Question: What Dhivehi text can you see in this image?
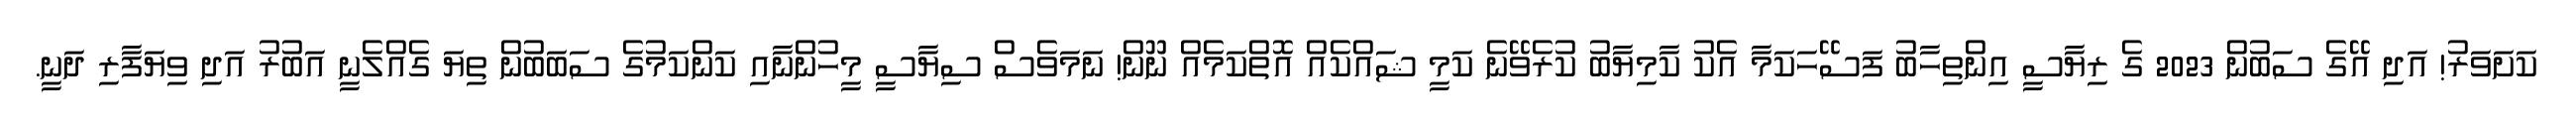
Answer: ކަށަވަރު! އަދި އޭގެ ސަބުން 2023 ގެ ރިޔާސީ އިންތިހާބު ފަސޭހަކަމާ އެކު ކާމިޔާބު ކުރެވޭނެ ކަމީ ޝައްކެއް އޮތްކަމެއް ނޫން! ނަމަވެސް ސިޔާސީ މީހުންނާއި ކަންކަމުގެ ސަބަބުން ތިޔަ ގެއްލެނީ އަބުރު އަދި ވިޔަފާރި ދަނީ.